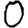
Digit: 0